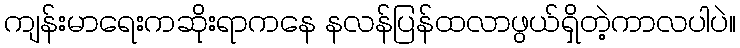
ကျန်းမာရေးကဆိုးရာကနေ နလန်ပြန်ထလာဖွယ်ရှိတဲ့ကာလပါပဲ။